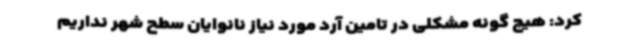
کرد: هیچ گونه مشکلی در تامین آرد مورد نیاز نانوایان سطح شهر نداریم